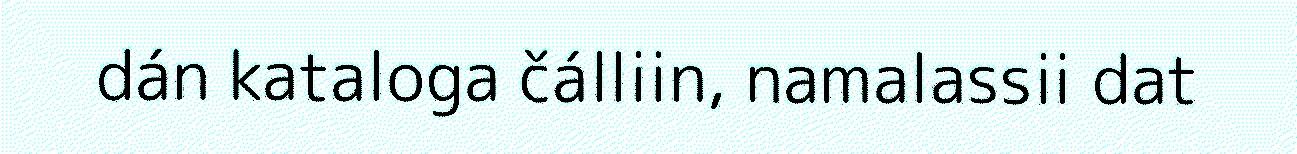
dán kataloga čálliin, namalassii dat